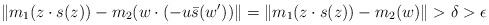
LaTeX: \begin{align*} \| m_1(z \cdot s(z)) - m_2(w \cdot (-u \bar{s}(w')) \| = \| m_1(z \cdot s(z)) - m_2(w) \| > \delta > \epsilon\end{align*}